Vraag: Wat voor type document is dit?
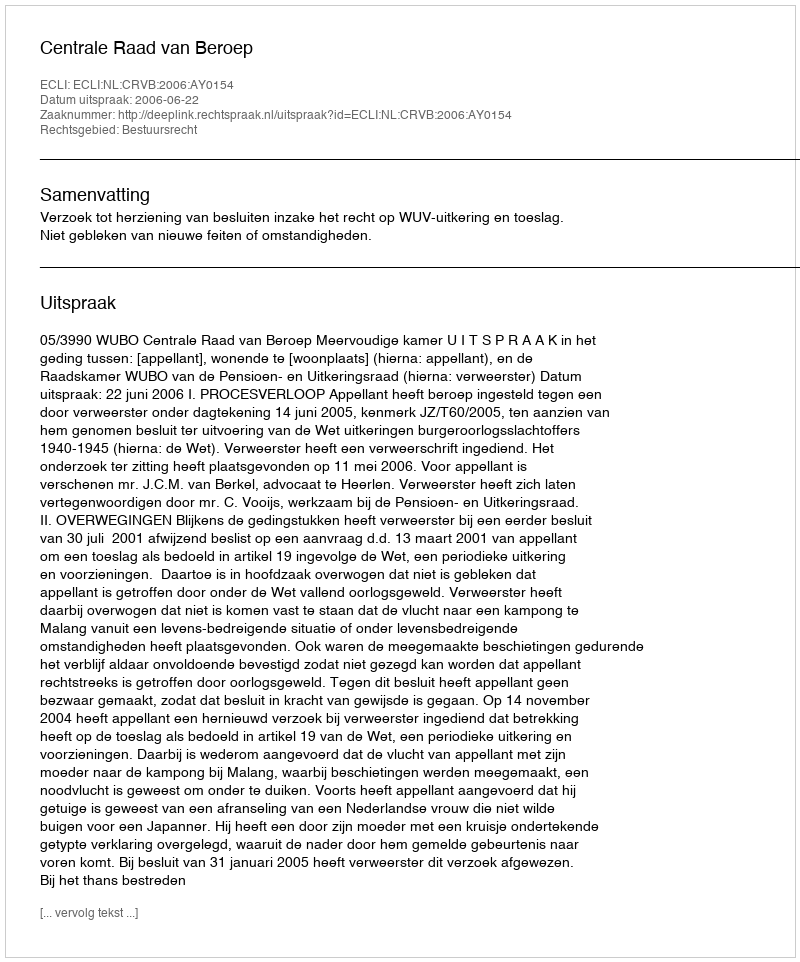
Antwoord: Uitspraak